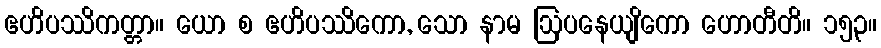
ဧဟိပဿိကတ္တာ။ ယော စ ဧဟိပဿိကော, သော နာမ ဩပနေယျိကော ဟောတီတိ။ ၁၅၃။